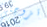
تزوجتي